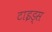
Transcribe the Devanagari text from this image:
टाइड्स